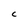
Character: C